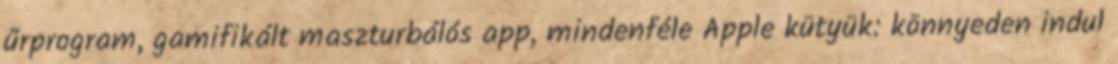
űrprogram, gamifikált maszturbálós app, mindenféle Apple kütyük: könnyeden indul